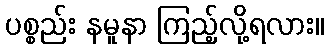
ပစ္စည်း နမူနာ ကြည့်လို့ရလား။